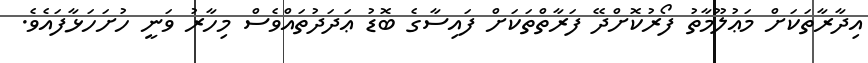
އިދާރާތަކަށް މަޢުލޫމާތު ފޯރުކޮށްދޭ ފަރާތްތަކަށް ފައިސާގެ ބޮޑު ޢަދަދުތައްވެސް މިހާރު ވަނީ ހުށަހަޅާފައެވެ.